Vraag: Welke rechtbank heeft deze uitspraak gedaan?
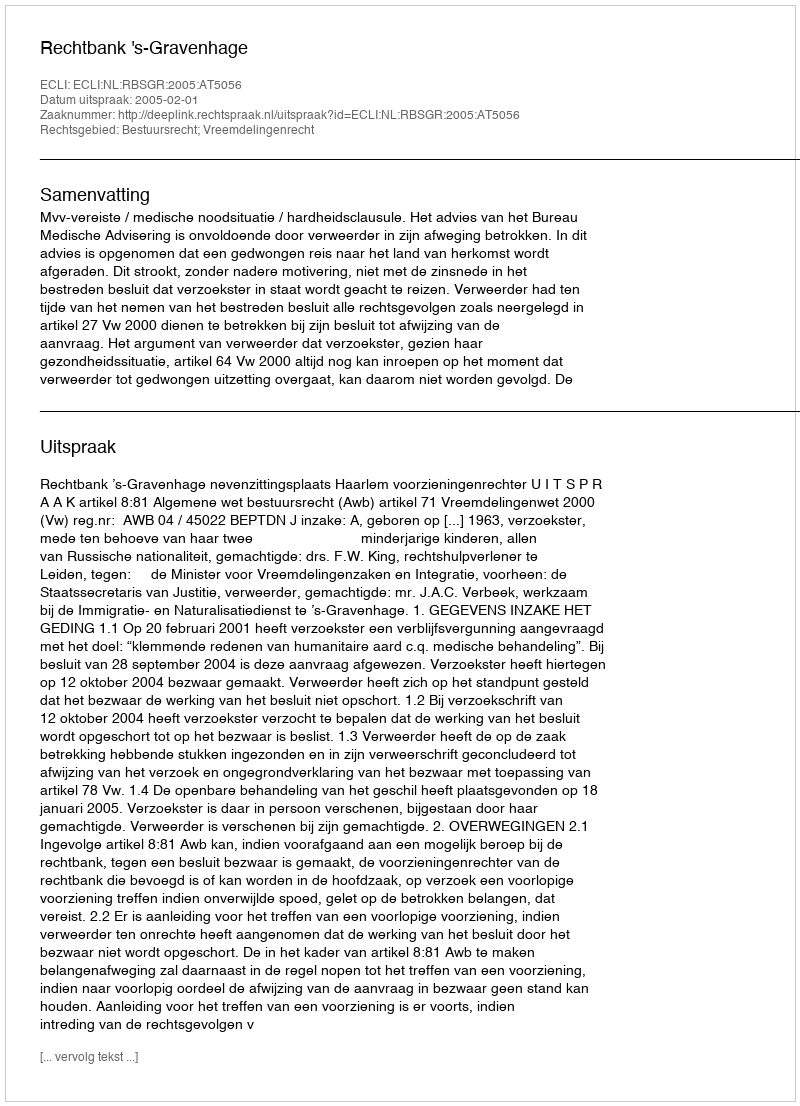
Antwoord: Rechtbank 's-Gravenhage